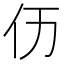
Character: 𠆮